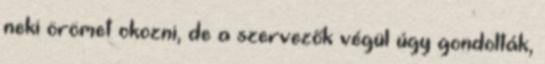
neki örömet okozni, de a szervezők végül úgy gondolták,